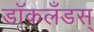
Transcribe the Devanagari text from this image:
डॉकलँडस्